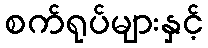
စက်ရုပ်များနှင့်